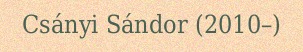
Csányi Sándor (2010–)